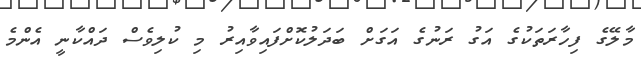
މާލޭގެ ފިހާރަތަކުގެ އަގު ރަނުގެ އަގަށް ބަދަލުކޮށްފައިވާއިރު މި ކުލިވެސް ދައްކާނީ އެންމެ